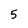
Character: 5